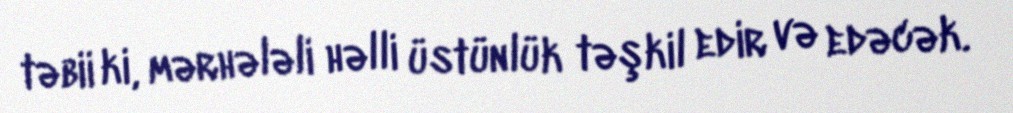
təbii ki, mərhələli həlli üstünlük təşkil edir və edəcək.